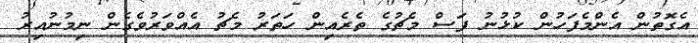
އެގޮތުން އެންމެފަހުން ކުޅުނު ފަސް މެޗުގެ ތެރެއިން ހަތަރު މެޗު އެއްވަރުވެގެން ނިމުނުއިރު